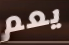
يعم